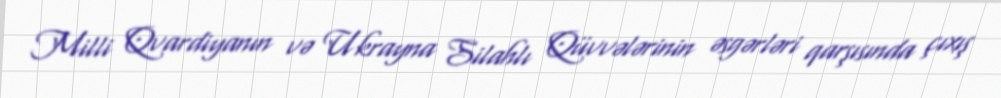
Milli Qvardiyanın və Ukrayna Silahlı Qüvvələrinin əsgərləri qarşısında çıxış